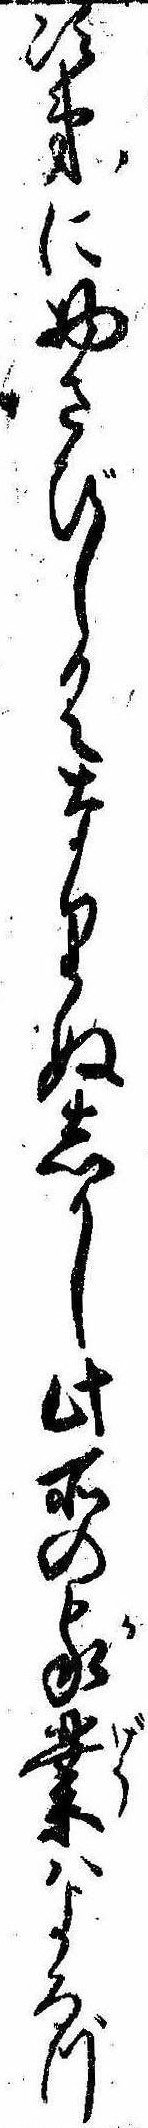
次第に物さびしくなりぬしかし此所の家業はよろづ